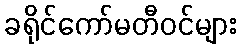
ခရိုင်ကော်မတီဝင်များ